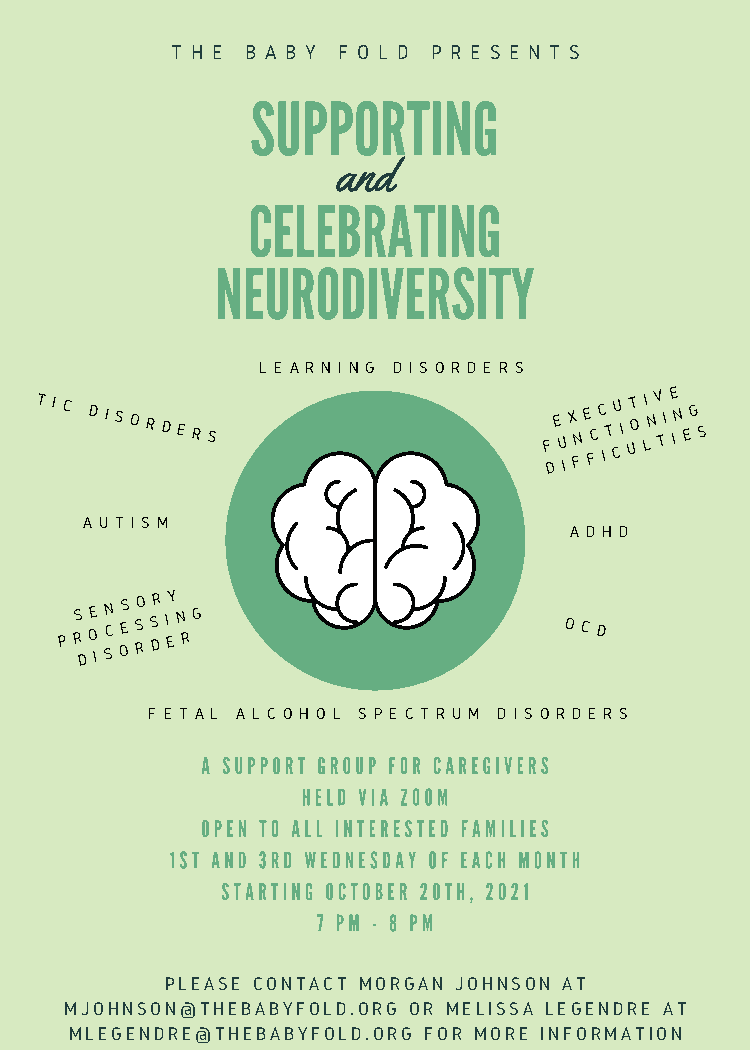
T H E B A B Y F O L D P R E S E N T S
 SUPPORTING
 and
 CELEBRATING
 NEURODIVERSITY
 L E A R N I N G D I S O R D E R S
 TIC DISORDERS
 F
 DE
 U
 IX FNE FCC IT CU I UT O LI NV TI E IN EG S
 A U T I S M
 A D H D
 P
 RS DOE
 I
 SN C OES RSO S DR I EY N RG   OCD
 F E T A L A L C O H O L S P E C T R U M D I S O R D E R S
 A SUPPORT GROUP FOR CAREGIVERS
 HELD VIA ZOOM
 OPEN TO ALL INTERESTED FAMILIES
 1ST AND 3RD WEDNESDAY OF EACH MONTH
 STARTING OCTOBER 20TH, 2021
 7 PM - 8 PM
 PLEASE CONTACT MORGAN JOHNSON AT
 MJOHNSON@THEBABYFOLD.ORG OR MELISSA LEGENDRE AT
 MLEGENDRE@THEBABYFOLD.ORG FOR MORE INFORMATION